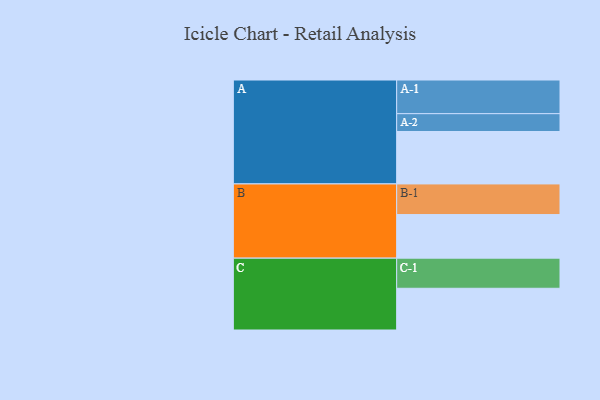
{"axis": {"x": "Segment", "y": "Value"}, "legend": ["", "A", "B", "C"], "data": [{"x": "A", "y": 397, "type": ""}, {"x": "B", "y": 330, "type": ""}, {"x": "C", "y": 316, "type": ""}, {"x": "A-1", "y": 255, "type": "A"}, {"x": "A-2", "y": 135, "type": "A"}, {"x": "B-1", "y": 232, "type": "B"}, {"x": "C-1", "y": 228, "type": "C"}]}